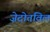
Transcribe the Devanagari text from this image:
ज़ेदोतविल